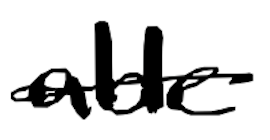
Text: able
Cross-out: single-line
Writing tool: digital_black